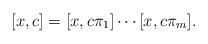
LaTeX: \begin{align*} [x,c] = [x,c\pi_{1}] \cdots [x,c\pi_{m}]. \end{align*}